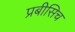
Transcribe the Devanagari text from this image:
प्रबीसिच